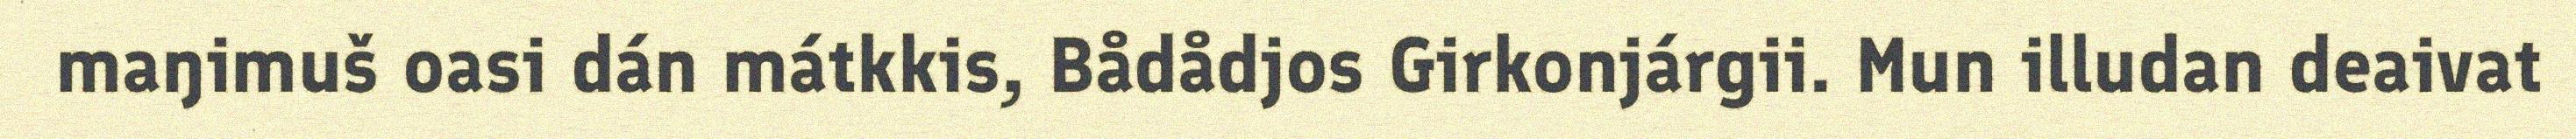
maŋimuš oasi dán mátkkis, Bådådjos Girkonjárgii. Mun illudan deaivat